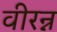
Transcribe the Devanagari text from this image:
वीरन्न